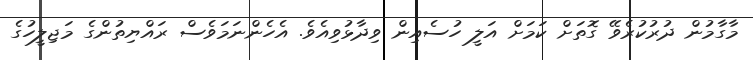
މާގާމުން ދުރުކުރެވޭ ގޮތަށް ކަމަށް އަލީ ހުސެއިން ވިދާޅުވިއެވެ. އެހެންނަމަވެސް ރައްޔިތުންގެ މަޖިލީހުގެ